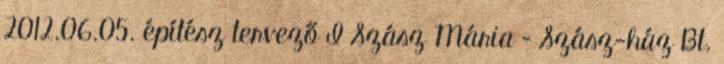
2012.06.05. építész tervező I Szász Mária – Szász-ház Bt.